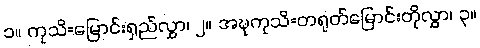
၁။ ကုသိ=မြောင်းရှည်လွှာ၊ ၂။ အဍ္ဎကုသိ=တရုတ်မြောင်းတိုလွှာ၊ ၃။